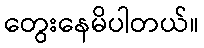
တွေးနေမိပါတယ်။